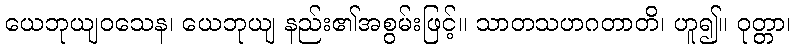
ယေဘုယျဝသေန၊ ယေဘုယျ နည်း၏အစွမ်းဖြင့်။ သာတသဟဂတာတိ၊ ဟူ၍။ ဝုတ္တာ၊